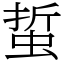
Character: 蜇